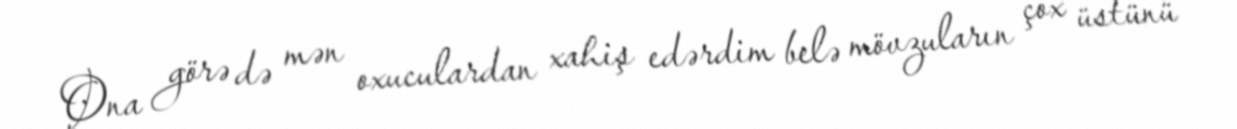
Ona görə də mən oxuculardan xahiş edərdim belə mövzuların çox üstünü